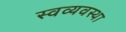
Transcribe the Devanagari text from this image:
स्वव्यवस्था